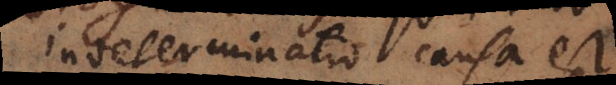
indeterminatio causa est